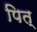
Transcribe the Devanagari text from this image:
पित्